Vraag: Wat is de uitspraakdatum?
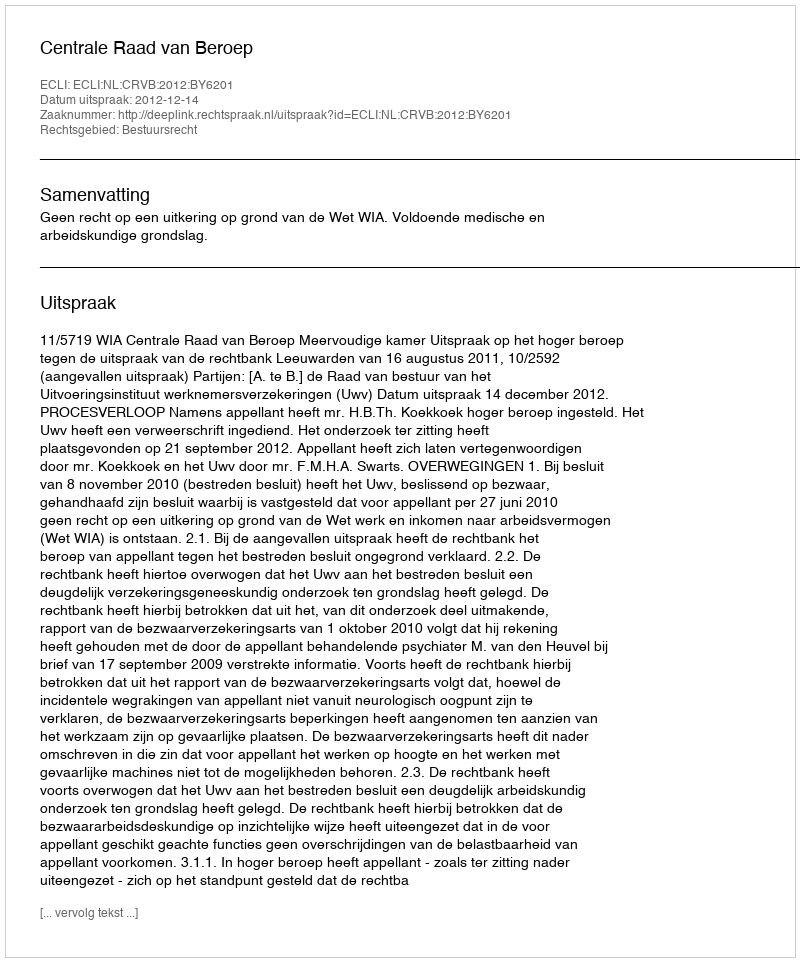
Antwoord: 2012-12-14